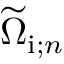
\widetilde { \Omega } _ { \mathrm { i } ; n }